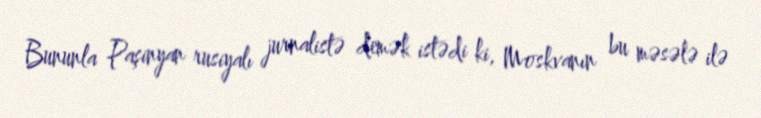
Bununla Paşinyan rusiyalı jurnalistə demək istədi ki, Moskvanın bu məsələ ilə